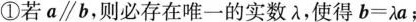
①若a\parallelb，则必存在唯一的实数λ，使得b=λa﹔